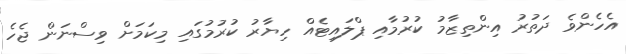
އެހެންވެ ދަތުރު އިންތިޒާމު ކުރުމާއި ޕްލައިޓެއް ހިޔާރު ކުރުމުގައި މިކަމަށް ވިސްނަން ޖެހެ